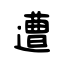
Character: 遭